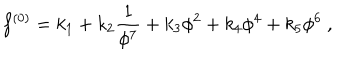
LaTeX: f ^ { ( 0 ) } = k _ { 1 } + k _ { 2 } \frac { 1 } { \phi ^ { 7 } } + k _ { 3 } \phi ^ { 2 } + k _ { 4 } \phi ^ { 4 } + k _ { 5 } \phi ^ { 6 } ~ ,